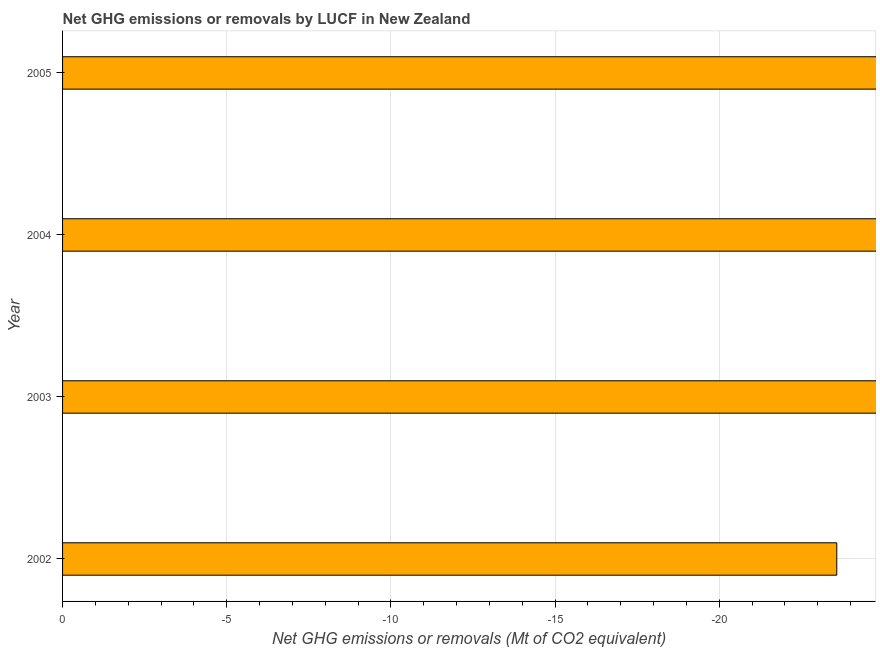
| Year | GHG net emissions or removals |
 | --- | --- |
 | 2002 | -23.6 |
 | 2003 | -25.3 |
 | 2004 | -26.5 |
 | 2005 | -25.5 |